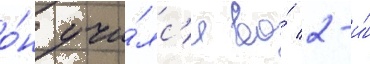
о́н учи́лс'я во́ 2-и́